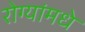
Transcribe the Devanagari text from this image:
रोग्यांमधे